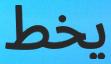
يخط